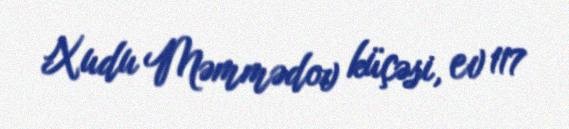
Xudu Məmmədov küçəsi, ev 117